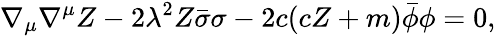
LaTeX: \nabla_{\mu}\nabla^{\mu}Z-2\lambda^{2}Z\bar{\sigma}\sigma-2c(cZ+m)\bar{\phi}\phi=0,